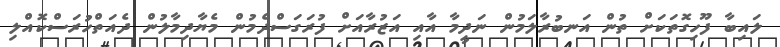
ލައިބާ ފޫހިގޮތަކަށް ތުން އަނބުރާލަމުން ނަދީމާ އާއި އަޒުރާއަށް ފުރަގަސްދެމުން މެޔާދިމާލުން ދެއަތްހުރަސްކޮއްލި